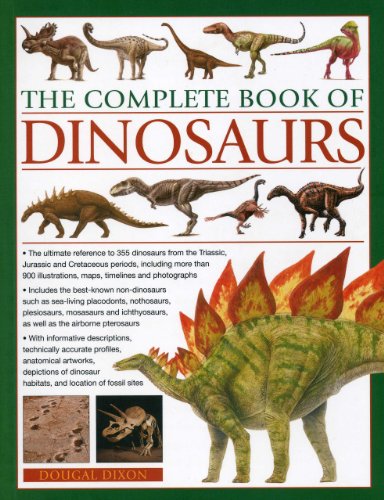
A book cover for The Complete Book of Dinosaurs: The ultimate reference to 355 dinosaurs from the Triassic, Jurassic and Cretaceous periods, including more than 900 illustrations, maps, timelines and photographs; Dougal Dixon; Science & Math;